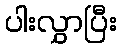
ပါးလွှာပြီး